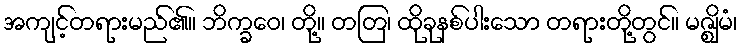
အကျင့်တရားမည်၏။ ဘိက္ခဝေ၊ တို့။ တတြ၊ ထိုခုနစ်ပါးသော တရားတို့တွင်။ မဇ္ဈိမံ၊